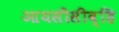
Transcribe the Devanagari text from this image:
आयसीसीव्हि